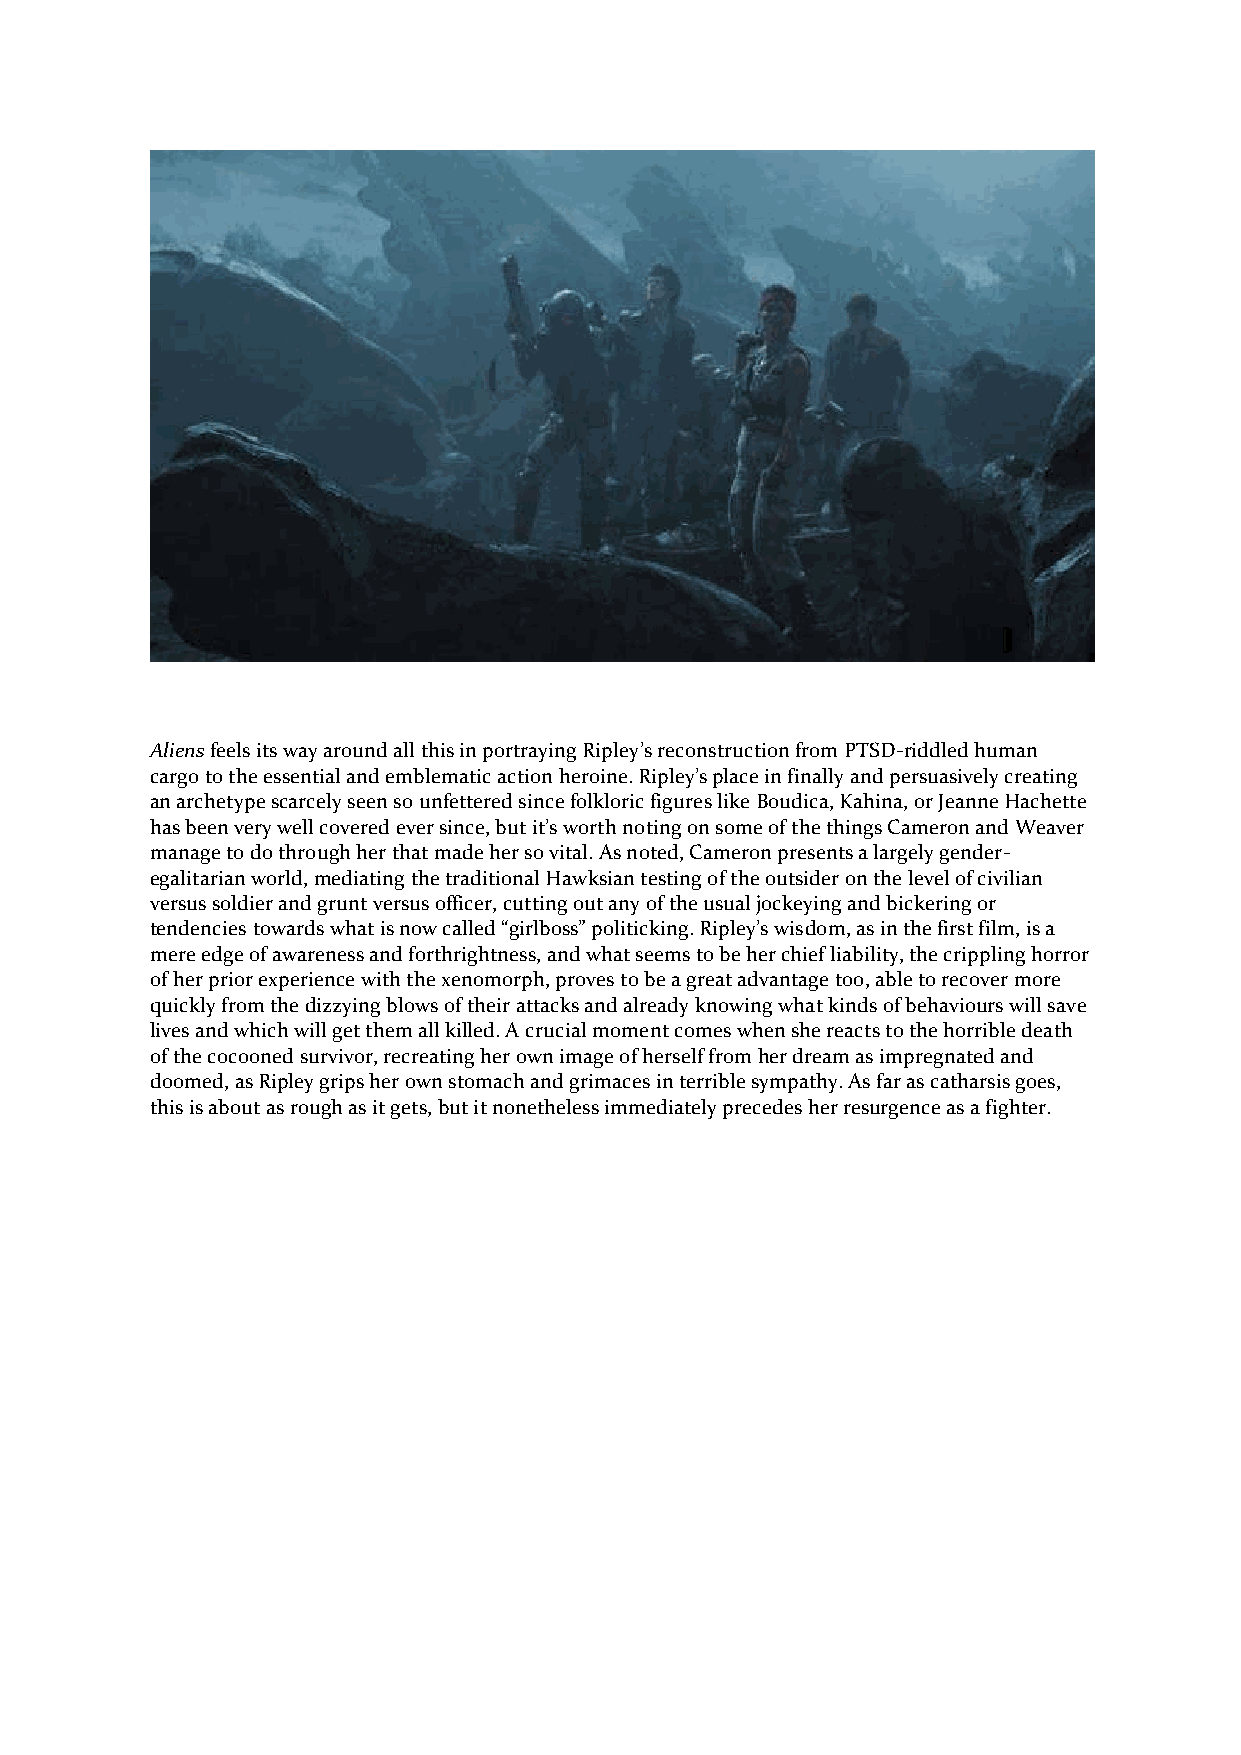
Aliens feels its way around all this in portraying Ripley’s reconstruction from PTSD-riddled human
 cargo to the essential and emblematic action heroine. Ripley’s place in finally and persuasively creating
 an archetype scarcely seen so unfettered since folkloric figures like Boudica, Kahina, or Jeanne Hachette
 has been very well covered ever since, but it’s worth noting on some of the things Cameron and Weaver
 manage to do through her that made her so vital. As noted, Cameron presents a largely gender-
 egalitarian world, mediating the traditional Hawksian testing of the outsider on the level of civilian
 versus soldier and grunt versus officer, cutting out any of the usual jockeying and bickering or
 tendencies towards what is now called “girlboss” politicking. Ripley’s wisdom, as in the first film, is a
 mere edge of awareness and forthrightness, and what seems to be her chief liability, the crippling horror
 of her prior experience with the xenomorph, proves to be a great advantage too, able to recover more
 quickly from the dizzying blows of their attacks and already knowing what kinds of behaviours will save
 lives and which will get them all killed. A crucial moment comes when she reacts to the horrible death
 of the cocooned survivor, recreating her own image of herself from her dream as impregnated and
 doomed, as Ripley grips her own stomach and grimaces in terrible sympathy. As far as catharsis goes,
 this is about as rough as it gets, but it nonetheless immediately precedes her resurgence as a fighter.